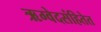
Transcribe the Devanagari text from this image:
ऋग्वेदसंहितेत